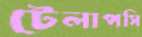
টেলাপসি